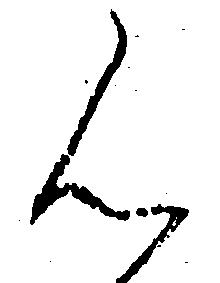
ん